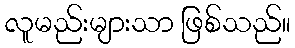
လူမည်းများသာ ဖြစ်သည်။